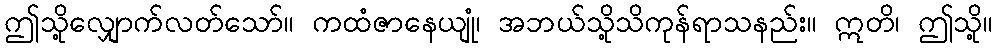
ဤသို့လျှောက်လတ်သော်။ ကထံဇာနေယျုံ၊ အဘယ်သို့သိကုန်ရာသနည်း။ ဣတိ၊ ဤသို့။